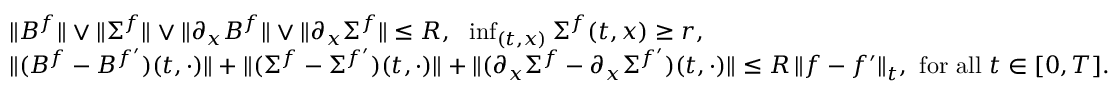
\begin{array} { r l r } & { \| B ^ { f } \| \vee \| \Sigma ^ { f } \| \vee \| \partial _ { x } B ^ { f } \| \vee \| \partial _ { x } \Sigma ^ { f } \| \le R , ~ ~ \operatorname* { i n f } _ { ( t , x ) } \Sigma ^ { f } ( t , x ) \ge r , } & \\ & { \| ( B ^ { f } - B ^ { f ^ { \prime } } ) ( t , \cdot ) \| + \| ( \Sigma ^ { f } - \Sigma ^ { f ^ { \prime } } ) ( t , \cdot ) \| + \| ( \partial _ { x } \Sigma ^ { f } - \partial _ { x } \Sigma ^ { f ^ { \prime } } ) ( t , \cdot ) \| \le R \, \| f - f ^ { \prime } \| _ { t } , ~ \mathrm { f o r ~ a l l } ~ t \in [ 0 , T ] . ~ ~ ~ } & \end{array}